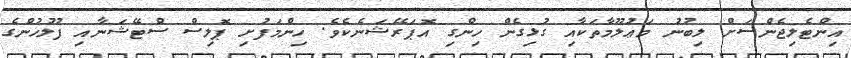
އިންޓެލިޖެންސަށް ލިބުނު މަޢުލޫމާތަކާއި ގުޅިގެން ހިންގި އޮޕަރޭޝަނެކެވެ. ހިންމަފުށި ޕޮލިސް ސްޓޭޝަނާއި ފުލުހުންގެ